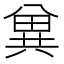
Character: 兾